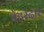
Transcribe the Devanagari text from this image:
पेहरेदार